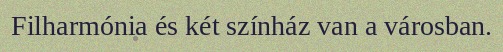
Filharmónia és két színház van a városban.